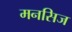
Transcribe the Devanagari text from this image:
मनसिज